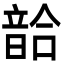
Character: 𩐥